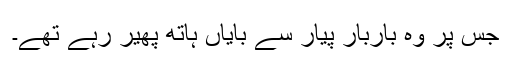
جس پر وہ باربار پیار سے بایاں ہاتھ پھیر رہے تھے۔